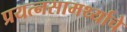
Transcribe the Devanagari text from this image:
प्रयत्‍नसामर्थ्याचे